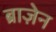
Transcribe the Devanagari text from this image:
ब्राज़ेन